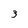
Character: 3